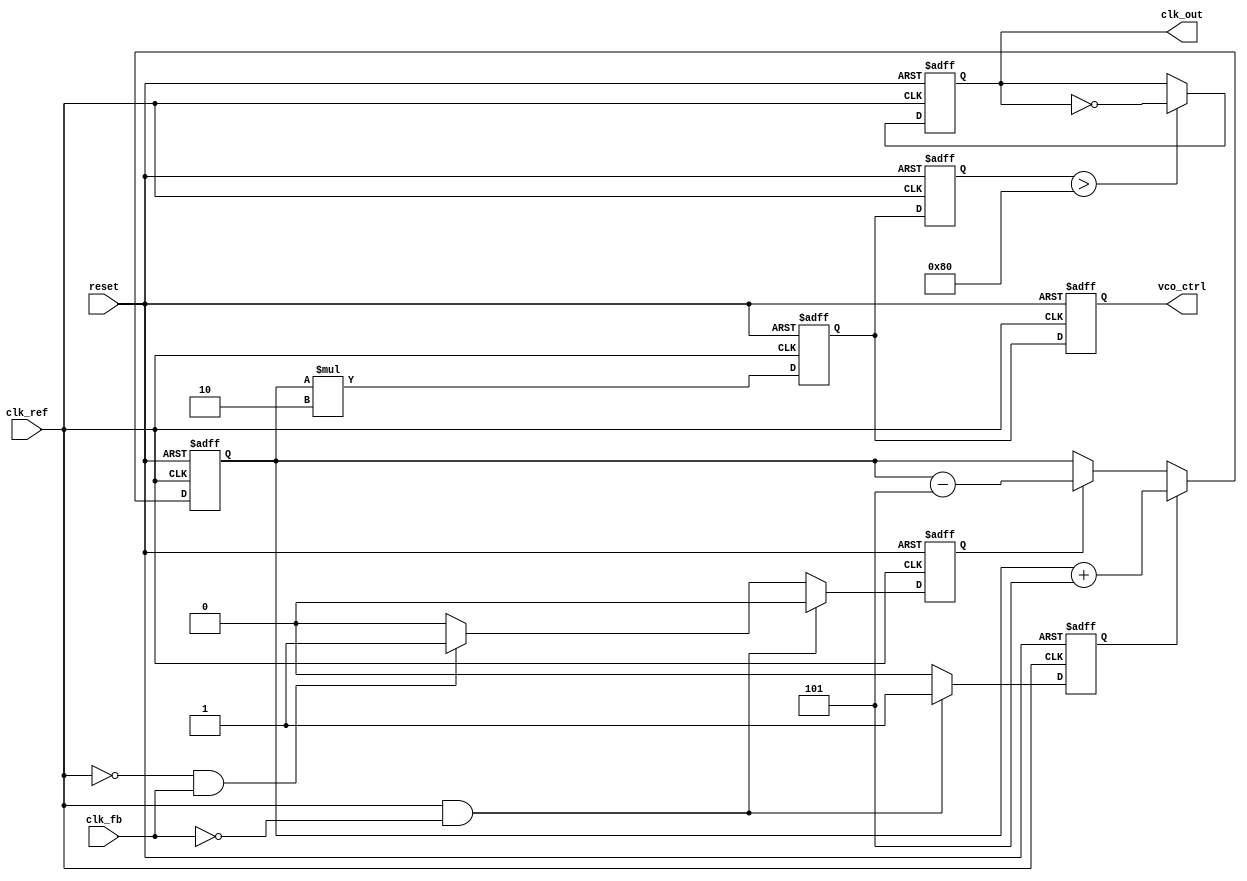
module cp_pll (
    input wire clk_ref,        // Reference clock
    input wire clk_fb,         // Feedback clock from VCO
    input wire reset,          // Asynchronous reset
    output reg clk_out,        // Output clock
    output reg [7:0] vco_ctrl  // Control voltage for VCO (simplified)
);

// Parameters
parameter CP_UP_CURRENT = 8'd5;   // Charge pump UP current
parameter CP_DOWN_CURRENT = 8'd5;  // Charge pump DOWN current
parameter LOOP_FILTER_GAIN = 8'd2; // Loop filter gain

// PFD signals
reg pfd_up;
reg pfd_down;

// Charge Pump signals
reg [7:0] charge_pump_output;

// VCO control voltage
reg [7:0] vco_voltage;

// VCO frequency (simplified)
reg [7:0] vco_frequency;

// Phase Frequency Detector (PFD)
always @(posedge clk_ref or posedge reset) begin
    if (reset) begin
        pfd_up <= 0;
        pfd_down <= 0;
    end else begin
        if (clk_ref && !clk_fb) begin
            pfd_up <= 1;   // Reference clock leads feedback clock
            pfd_down <= 0;
        end else if (!clk_ref && clk_fb) begin
            pfd_up <= 0;
            pfd_down <= 1; // Feedback clock leads reference clock
        end else begin
            pfd_up <= 0;
            pfd_down <= 0; // No phase difference
        end
    end
end

// Charge Pump
always @(posedge clk_ref or posedge reset) begin
    if (reset) begin
        charge_pump_output <= 8'd0;
    end else begin
        if (pfd_up) begin
            charge_pump_output <= charge_pump_output + CP_UP_CURRENT;
        end else if (pfd_down) begin
            charge_pump_output <= charge_pump_output - CP_DOWN_CURRENT;
        end
    end
end

// Loop Filter (simple integration)
always @(posedge clk_ref or posedge reset) begin
    if (reset) begin
        vco_voltage <= 8'd0;
    end else begin
        vco_voltage <= charge_pump_output * LOOP_FILTER_GAIN;
    end
end

// Voltage-Controlled Oscillator (VCO)
always @(posedge clk_ref or posedge reset) begin
    if (reset) begin
        vco_frequency <= 8'd0;
        clk_out <= 0;
    end else begin
        // Simplified VCO behavior (frequency is a function of control voltage)
        vco_frequency <= vco_voltage; // Control voltage directly sets frequency
        clk_out <= (vco_frequency > 8'd128) ? ~clk_out : clk_out; // Example toggle condition
    end
end

// Output control voltage for external use
always @(posedge clk_ref or posedge reset) begin
    if (reset) begin
        vco_ctrl <= 8'd0;
    end else begin
        vco_ctrl <= vco_voltage; // Output the control voltage
    end
end

endmodule